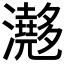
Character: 𤄮